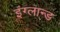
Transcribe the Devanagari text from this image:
इंग्लान्ड